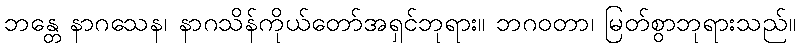
ဘန္တေ နာဂသေန၊ နာဂသိန်ကိုယ်တော်အရှင်ဘုရား။ ဘဂဝတာ၊ မြတ်စွာဘုရားသည်။